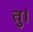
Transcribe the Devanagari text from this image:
तु।